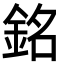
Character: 銘